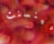
فينسنت